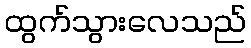
ထွက်သွားလေသည်